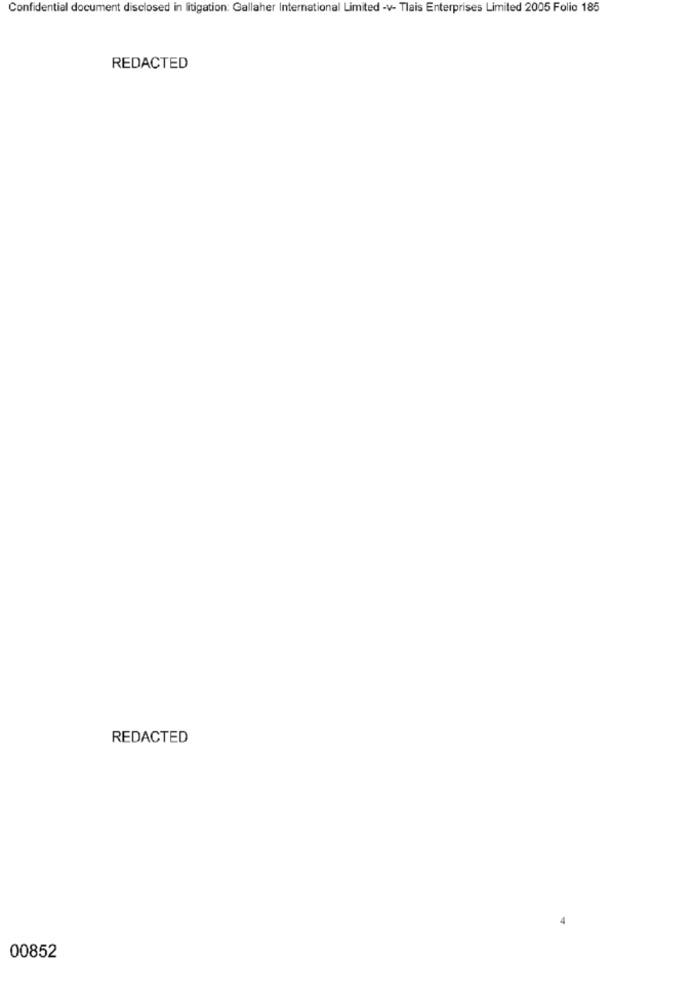
Confidential document disclosed in litigation: Gallaher International Limited -v- Tlais Enterprises Limited 2005 Folio 185
REDACTED
REDACTED
00852